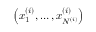
\left( x _ { 1 } ^ { ( i ) } , \dots , x _ { N ^ { ( i ) } } ^ { ( i ) } \right)